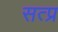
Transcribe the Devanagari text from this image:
सत्प्र